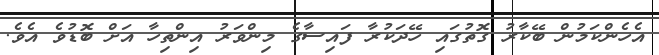
އެހެންކަމުން ބޭކާރު ގޮތުގައި ހޭދަކުރާ ފައިސާގެ މިންވަރު އިންތިހާ އަށް ބޮޑުވެ އެވެ.